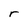
Character: r